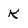
Character: K